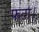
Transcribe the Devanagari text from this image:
फटा।